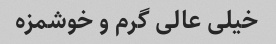
خیلی عالی گرم و خوشمزه